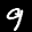
Label: 9